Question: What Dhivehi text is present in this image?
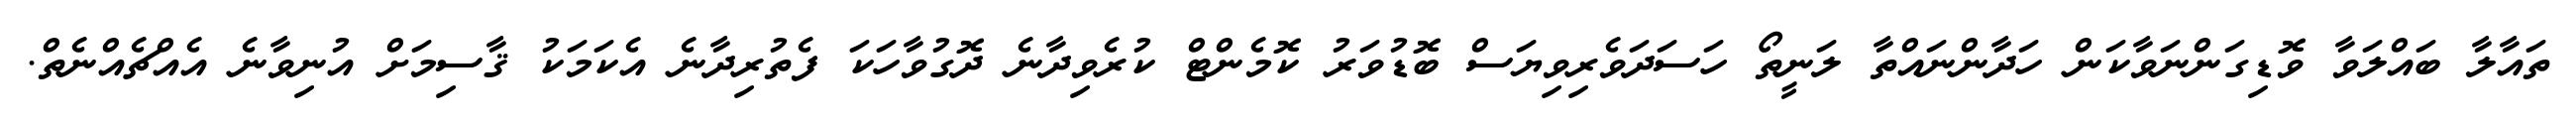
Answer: ތައާލާ ބައްލަވާ ވޮޑިގަންނަވާކަން ހަދާންނައްތާ ލަނީތޯ ހަސަދަވެރިވިޔަސް ބޮޑުވަރު ކޮމެންޓް ކުރެވިދާނެ ދޮގުވާހަކަ ފެތުރިދާނެ އެކަމަކު ޤާސިމަށް އުނިވާނެ އެއްޗެއްނެތް.